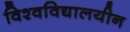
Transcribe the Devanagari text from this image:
विश्वविद्यालयीन